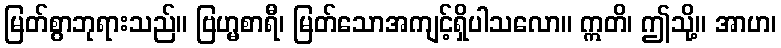
မြတ်စွာဘုရားသည်။ ဗြဟ္မစာရီ၊ မြတ်သောအကျင့်ရှိပါသလော။ ဣတိ၊ ဤသို့။ အာဟ၊